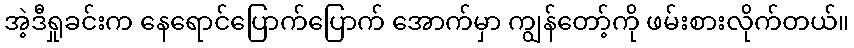
အဲ့ဒီရှုခင်းက နေရောင်ပြောက်ပြောက် အောက်မှာ ကျွန်တော့်ကို ဖမ်းစားလိုက်တယ်။